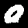
Digit: 0